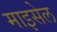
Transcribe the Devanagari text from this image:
माइसेल